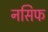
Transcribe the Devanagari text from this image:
नसिफ